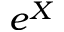
e ^ { X }